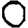
Digit: 0